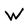
Character: W